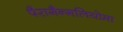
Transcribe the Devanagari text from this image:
पैरागैन्गलियोमा